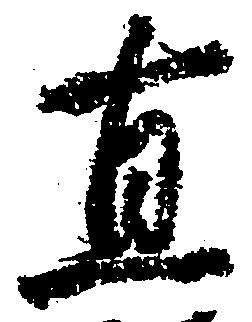
直